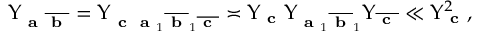
\Upsilon _ { \textbf { a } \overline { { \textbf { b } } } } = \Upsilon _ { \textbf { c } \textbf { a } _ { 1 } \overline { { \textbf { b } } } _ { 1 } \overline { { \textbf { c } } } } \asymp \Upsilon _ { \textbf { c } } \Upsilon _ { \textbf { a } _ { 1 } \overline { { \textbf { b } } } _ { 1 } } \Upsilon _ { \overline { { \textbf { c } } } } \ll \Upsilon _ { \textbf { c } } ^ { 2 } ,